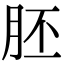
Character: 胚